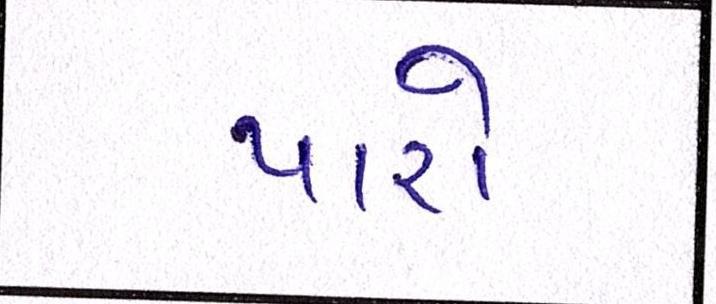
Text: પારો